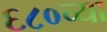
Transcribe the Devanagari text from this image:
६८०च्या